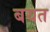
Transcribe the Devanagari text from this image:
बयत